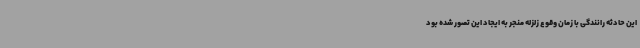
این حادثه رانندگی با زمان وقوع زلزله منجر به ایجاد این تصور شده بود